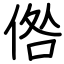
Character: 倃